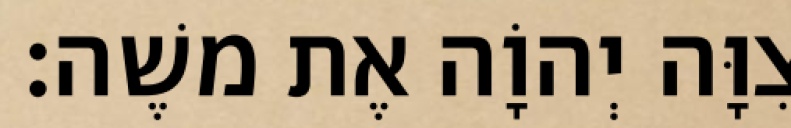
צִוָּה יְהוָֹה אֶת משֶׁה׃